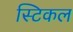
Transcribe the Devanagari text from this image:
स्टिकल